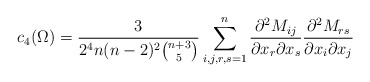
\begin{align*} c_4(\Omega)=\frac{3}{2^4n(n-2)^2 {n+3 \choose 5}} \sum_{i,j,r,s=1}^n \frac{\partial^2 M_{ij}}{\partial x_r \partial x_s } \frac{\partial^2 M_{rs}}{\partial x_i \partial x_j} \end{align*}